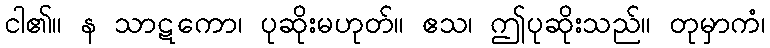
ငါ၏။ န သာဋကော၊ ပုဆိုးမဟုတ်။ ဧသ၊ ဤပုဆိုးသည်။ တုမှာကံ၊